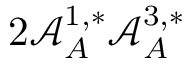
2 \mathcal { A } _ { A } ^ { 1 , * } \mathcal { A } _ { A } ^ { 3 , * }